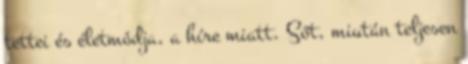
tettei és életmódja, a híre miatt. Sőt, miután teljesen